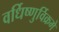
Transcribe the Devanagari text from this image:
वर्धिष्णुर्विक्रमे